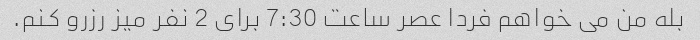
بله من می خواهم فردا عصر ساعت 7:30 برای 2 نفر میز رزرو کنم.